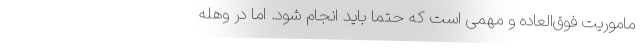
ماموریت فوق‌العاده و مهمی است که حتماً باید انجام شود. اما در وهله